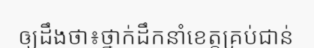
ឲ្យដឹងថា៖ថ្នាក់ដឹកនាំខេត្តគ្រប់ជាន់